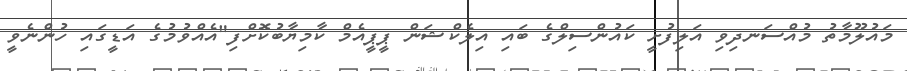
މައުލޫމާތު މުއްސަނދިވި އަލިފުށީ ކައުންސިލްގެ ބައި އިލެކްޝަން ޕީޕީއެމް ކާމިޔާބުކޮށްފި"އެއްވުމުގެ އަޑީގައި ހުންނެވީ